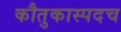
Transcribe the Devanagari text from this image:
कौतुकास्पदच